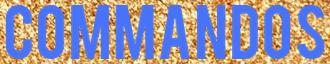
COMMANDOS